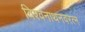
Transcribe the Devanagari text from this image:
विश्वनाथनवरत्न